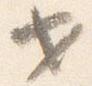
セ